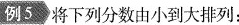
例5将下列分数由小到大排列：